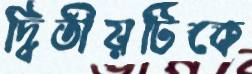
দ্বিতীয়টিকে